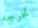
تخرجه